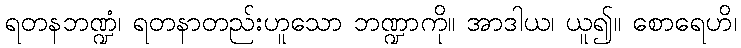
ရတနဘဏ္ဍံ၊ ရတနာတည်းဟူသော ဘဏ္ဍာကို။ အာဒါယ၊ ယူ၍။ စောရေဟိ၊